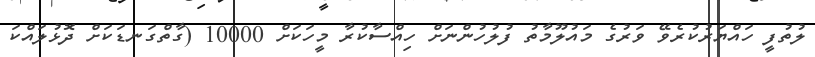
ލުތުފީ ހައްޔަރުކުރެވޭ ވަރުގެ މައުލޫމާތު ފުލުހުންނަށް ހިއްސާކުރާ މީހަކަށް 10000 (ގާތްގަނޑަކަށް ދޮޅުލައްކަ